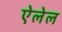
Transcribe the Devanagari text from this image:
ऐलेल